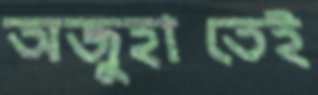
অজুহাতেই